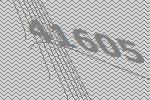
41605